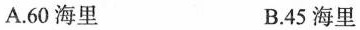
A.60海里 B.45海里